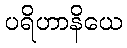
ပရိဟာနိယေ